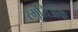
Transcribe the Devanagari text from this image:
स्मृतिअंक